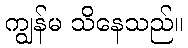
ကျွန်မ သိနေသည်။